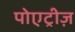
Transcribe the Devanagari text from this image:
पोएट्रीज़